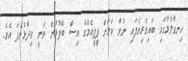
ހިނގާލުމުގައި ބައިވެރިވެފައި ނުވާ ކަމަށް ޕީޕީއެމްގެ އިސް ބޭފުޅުން ވަނީ ވިދާޅުވެފަ އެވެ.